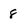
Character: 8